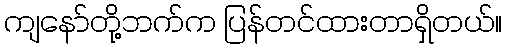
ကျနော်တို့ဘက်က ပြန်တင်ထားတာရှိတယ်။